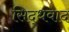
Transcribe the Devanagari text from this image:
सिद्धवाद